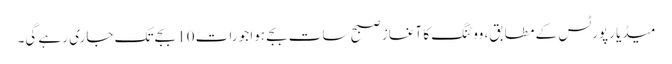
میڈیا رپورٹس کے مطابق، ووٹنگ کا آغاز صبح سات بجے ہوا جو رات 10 بجے تک جاری رہے گی۔